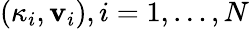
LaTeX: (\kappa_{i},\mathbf{v}_{i}),i=1,\ldots,N